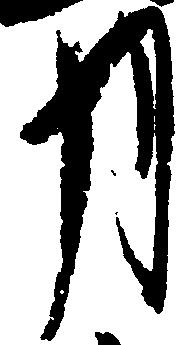
月